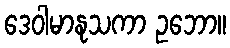
ဒေဝါမာနုသကာ ဥဘော။